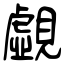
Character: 覷